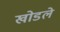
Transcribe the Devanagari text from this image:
खोडले